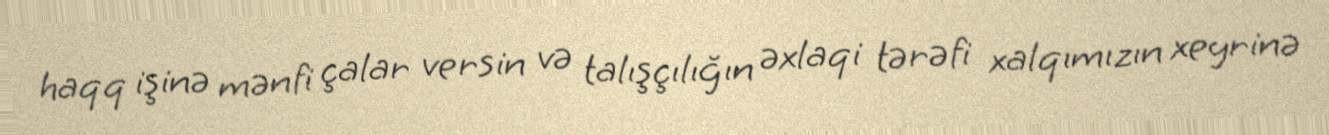
haqq işinə mənfi çalar versin və talışçılığın əxlaqi tərəfi xalqımızın xeyrinə